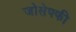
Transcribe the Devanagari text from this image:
जोसेफ्फी